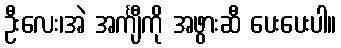
ဦးလေး၊အဲ အင်္ကျီကို အဖွားဆီ ပေးပေးပါ။